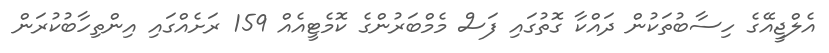
އެލްޖީއޭގެ ހިސާބުތަކުން ދައްކާ ގޮތުގައި ފަސް މެމްބަރުންގެ ކޮމެޓީއެއް 159 ރަށެއްގައި އިންތިހާބުކުރަން